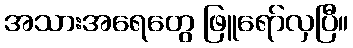
အသားအရေတွေ ဖြူရော်လှပြီ။